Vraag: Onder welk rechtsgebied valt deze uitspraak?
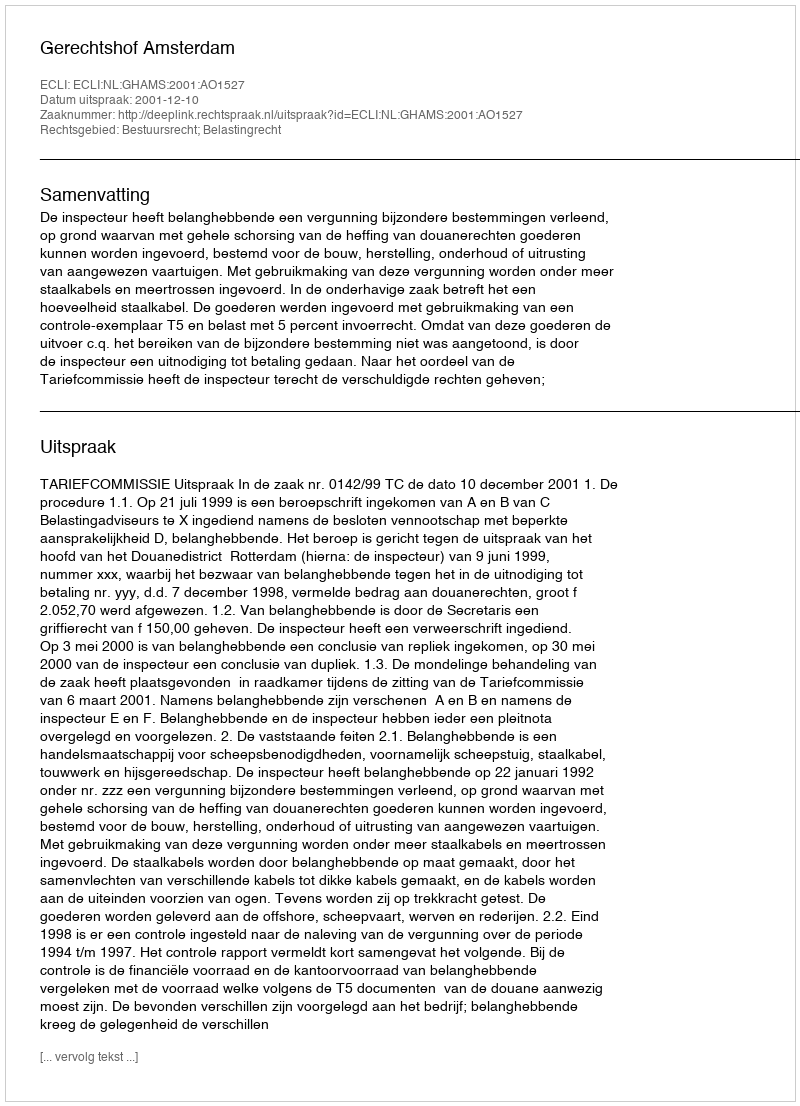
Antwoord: Bestuursrecht; Belastingrecht